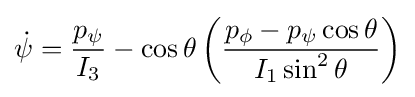
{\dot {\psi }}={\frac {p_{\psi }}{I_{3}}}-\cos \theta \left({\frac {p_{\phi }-p_{\psi }\cos \theta }{I_{1}\sin ^{2}\theta }}\right)